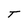
Character: t